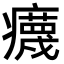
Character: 𤻻